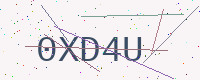
Text: 0XD4U